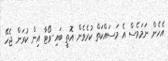
އެހެން ނަމަވެސް އެ މަސައްކަތް ކުރެވެން އޮތީ ބައި-ވޯޓާ އިން ކުރަން ޖެހޭ